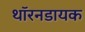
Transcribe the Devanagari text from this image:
थॉरनडायक